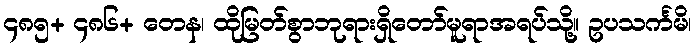
၄၈၅+ ၄၈၆+ တေန၊ ထိုမြတ်စွာဘုရားရှိတော်မူရာအရပ်သို့။ ဥပသင်္ကမိ၊